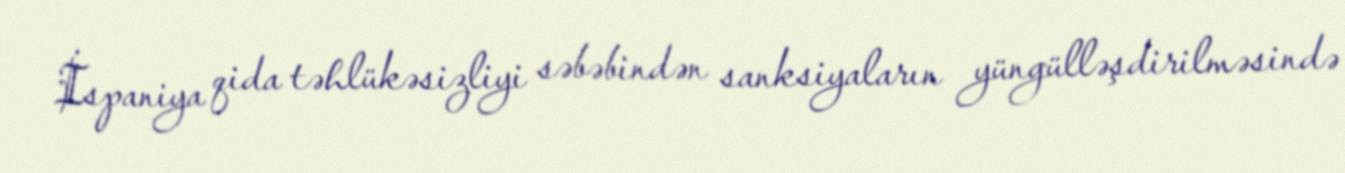
İspaniya qida təhlükəsizliyi səbəbindən sanksiyaların yüngülləşdirilməsində